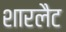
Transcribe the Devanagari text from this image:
शारलैट